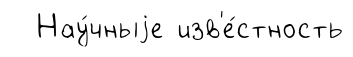
Нау́чныjе изв'е́стность